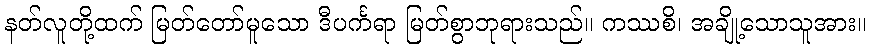
နတ်လူတို့ထက် မြတ်တော်မူသော ဒီပင်္ကရာ မြတ်စွာဘုရားသည်။ ကဿစိ၊ အချို့သောသူအား။